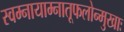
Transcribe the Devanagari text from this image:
स्वम्नायाम्नातूफलोन्मुखाः